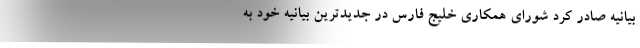
بیانیه صادر کرد شورای همکاری خلیج فارس در جدیدترین بیانیه خود به